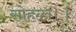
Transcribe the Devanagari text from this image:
सोहळा।।